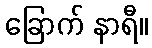
ခြောက် နာရီ။